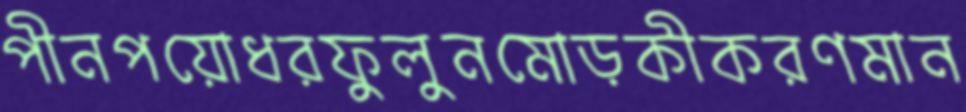
পীনপয়োধরফুলুনমোড়কীকরণমান